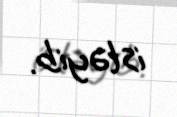
istəyib.